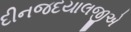
દીનજદયાલજીએ